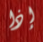
إذا